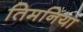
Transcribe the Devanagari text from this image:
तिमनिया